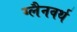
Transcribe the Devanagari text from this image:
ग्लैनवर्थ